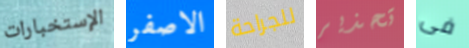
الإستخبارات الاصفر للجراحة تحذير فى